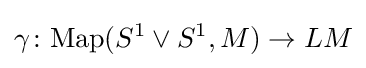
\gamma \colon {\rm {Map}}(S^{1}\lor S^{1},M)\to LM